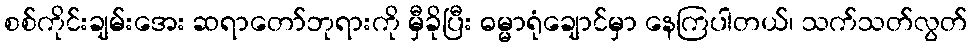
စစ်ကိုင်းချမ်းအေး ဆရာတော်ဘုရားကို မှီခိုပြီး ဓမ္မာရုံချောင်မှာ နေကြပါတယ်၊ သက်သတ်လွတ်